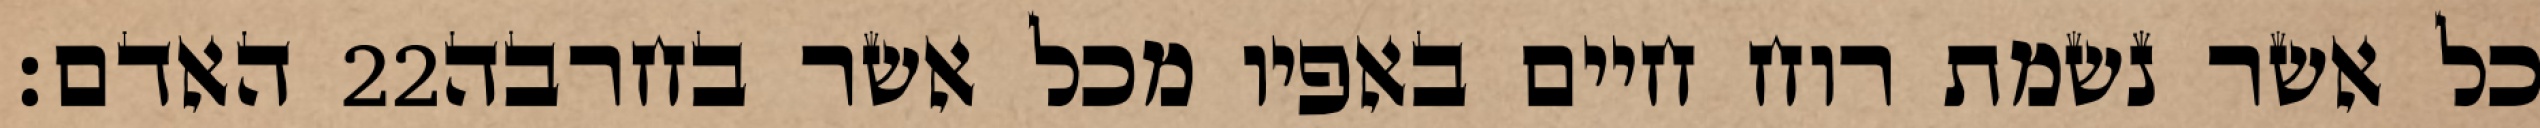
האדם׃ ‎22‏ כל אשר נשמת רוח חיים באפיו מכל אשר בחרבה